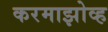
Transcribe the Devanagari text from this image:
करमाझोव्ह